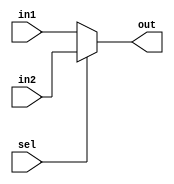
module mux_2to1_32bit (
    input [31:0] in1,
    input [31:0] in2,
    input sel,
    output [31:0] out
);
    assign out = (sel == 1'b0) ? in1 : in2;
endmodule

module mux_2to1_5bit (
    input [4:0] in1,
    input [4:0] in2,
    input sel,
    output [4:0] out
);
    assign out = (sel == 1'b0) ? in1 : in2;
endmodule